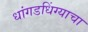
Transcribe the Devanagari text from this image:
धांगडधिंग्याचा